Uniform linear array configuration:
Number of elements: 64
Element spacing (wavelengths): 1
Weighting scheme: binomial
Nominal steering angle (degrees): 60
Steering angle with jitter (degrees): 60.214
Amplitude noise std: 0.05
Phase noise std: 0.05

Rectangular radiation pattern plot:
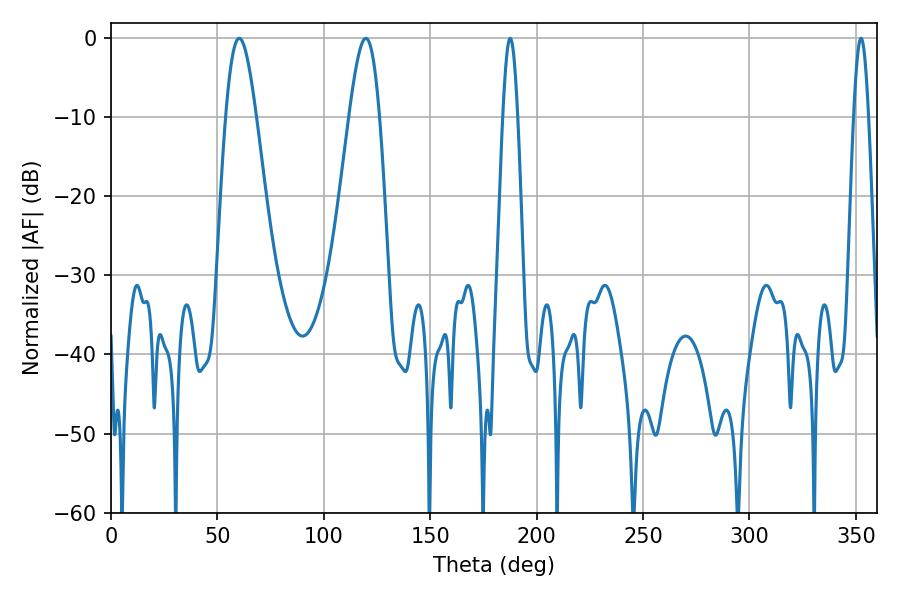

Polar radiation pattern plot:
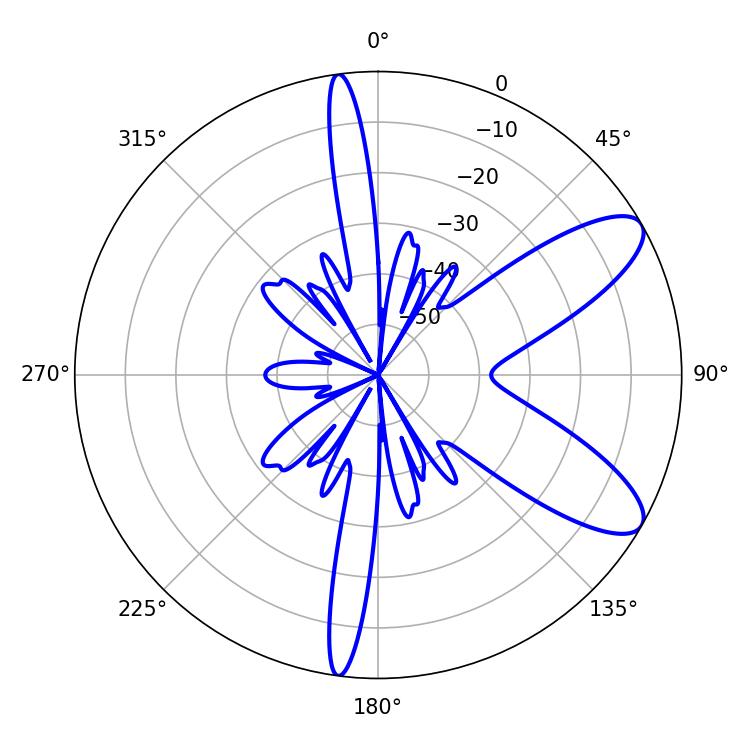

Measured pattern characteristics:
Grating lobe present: TRUE
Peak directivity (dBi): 9.257
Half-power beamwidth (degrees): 3.6
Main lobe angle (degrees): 352.44